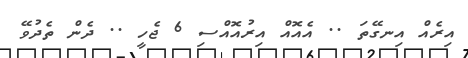
އިރެއް އިނގޭތަ .. އެއޮއް އިރުއޮއްސި 6 ޖެހީ .. ދެން ތެދުވޭ